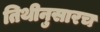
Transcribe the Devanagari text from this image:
तिथीनुसारच